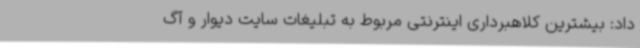
داد: بیشترین کلاهبرداری اینترنتی مربوط به تبلیغات سایت دیوار و آگ